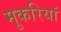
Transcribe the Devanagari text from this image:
मुकरियां